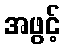
အဖွင့်